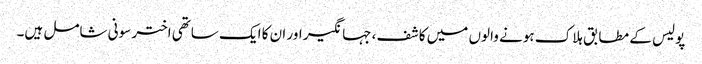
پولیس کے مطابق ہلاک ہونے والوں میں کاشف، جہانگیر اور ان کا ایک ساتھی اختر سونی شامل ہیں۔